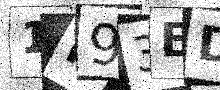
Text: 1P93ED